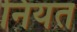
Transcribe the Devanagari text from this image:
नियत